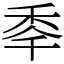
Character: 䄹